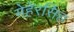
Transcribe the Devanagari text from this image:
मेहेरसिंह